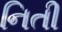
નિતી